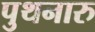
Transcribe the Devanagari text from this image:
पुथनारु